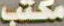
مكتب